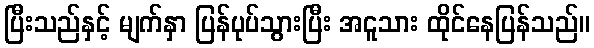
ပြီးသည်နှင့် မျက်နှာ ပြန်ပုပ်သွားပြီး အငူသား ထိုင်နေပြန်သည်။